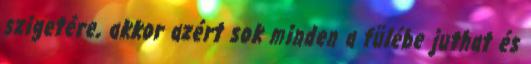
szigetére, akkor azért sok minden a fülébe juthat és